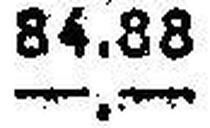
—.—